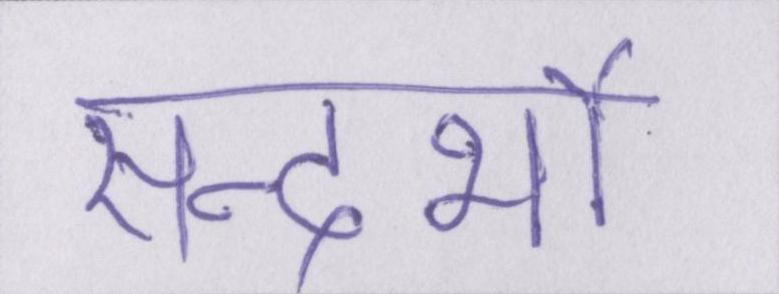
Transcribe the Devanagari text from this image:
सन्दर्भो